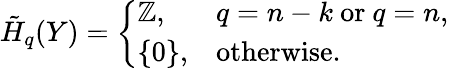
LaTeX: {\tilde{H}}_{q}(Y)={\left\{ \begin{array}{ll}{\mathbb{Z},}&{q=n-k{\mathrm{~or~}}q=n,}\\ {\{ 0\} ,}&{{\mathrm{otherwise}}.}\end{array}\right.}